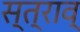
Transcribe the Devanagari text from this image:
स्त्राव्